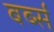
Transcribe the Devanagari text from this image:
बर्ब्स